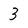
Character: 3